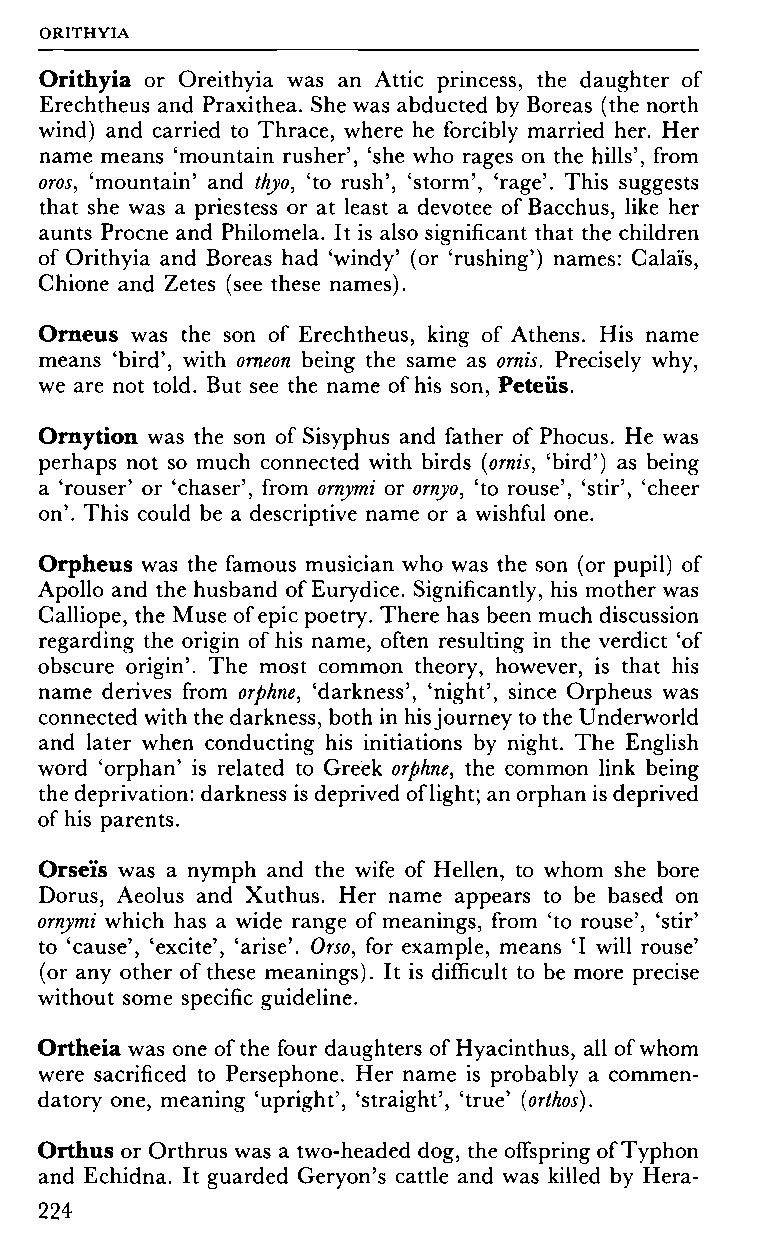
ORITHYIA
 Orithyia or Oreithyia was an Attic princess, the daughter of
 Erechtheus and Praxithea. She was abducted by Boreas (the north
 wind) and carried to Thrace, where he forcibly married her. Her
 name means 'mountain rusher', 'she who rages on the hills', from
 oros, 'mountain' and thyo, 'to rush', 'storm', 'rage'. This suggests
 that she was a priestess or at least a devotee of Bacchus, like her
 aunts Procne and Philomela. It is also significant that the children
 of Orithyia and Boreas had 'windy' (or 'rushing') names: Calais,
 Chione and Zetes (see these names).
 Orneus was the son of Erechtheus, king of Athens. His name
 means 'bird', with orneon being the same as omis. Precisely why,
 we are not told. But see the name of his son, Peteiis.
 Ornytion was the son of Sisyphus and father of Phocus. He was
 perhaps not so much connected with birds (ornis, 'bird') as being
 a 'rouser' or 'chaser', from ornymi or ornyo, 'to rouse', 'stir', 'cheer
 on'. This could be a descriptive name or a wishful one.
 Orpheus was the famous musician who was the son (or pupil) of
 Apollo and the husband of Eurydice. Significantly, his mother was
 Calliope, the Muse of epic poetry. There has been much discussion
 regarding the origin of his name, often resulting in the verdict 'of
 obscure origin'. The most common theory, however, is that his
 name derives from orphne, 'darkness', 'night', since Orpheus was
 connected with the darkness, both in his journey to the Underworld
 and later when conducting his initiations by night. The English
 word 'orphan' is related to Greek orphne, the common link being
 the deprivation: darkness is deprived of light; an orphan is deprived
 of his parents.
 Orseïs was a nymph and the wife of Hellen, to whom she bore
 Dorus, Aeolus and Xuthus. Her name appears to be based on
 ornymi which has a wide range of meanings, from 'to rouse', 'stir'
 to 'cause', 'excite', 'arise'. Orso, for example, means Ί will rouse'
 (or any other of these meanings). It is difficult to be more precise
 without some specific guideline.
 Ortheia was one of the four daughters of Hyacinthus, all of whom
 were sacrificed to Persephone. Her name is probably a commen­
 datory one, meaning 'upright', 'straight', 'true' (orthos).
 Orthus or Orthrus was a two-headed dog, the offspring of Typhon
 and Echidna. It guarded Geryon's cattle and was killed by Hera-
 224